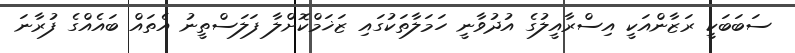
ސަބަބަކީ ރަޒާންއަކީ އިސްރާއީލުގެ އުދުވާނީ ހަމަލާތަކުގައި ޒަޚަމްކޮށްލާ ފަލަސްތީނު އެތައް ބައެއްގެ ފުރާނަ